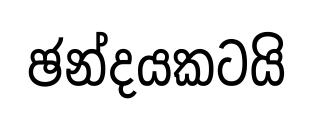
ඡන්දයකටයි